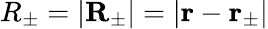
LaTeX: R_{\pm}=\left|\mathbf{R}_{\pm}\right|=\left|\mathbf{r}-\mathbf{r}_{\pm}\right|